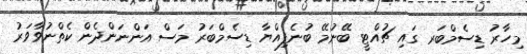
މިހާރު ޑިސެމްބަރ ގައި ޗުއްޓީ ބޭނުމޭ ބުނެފިއްޔާ ޑިސެމްބަރު މަސް އަންނަންދެން ކެތްނުވާވަރު